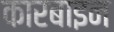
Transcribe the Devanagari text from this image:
कारबाइन